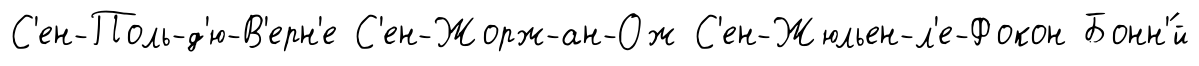
С'ен-Поль-д'ю-В'ерн'е С'ен-Жорж-ан-Ож С'ен-Жюльен-л'е-Фокон Бонн'́й